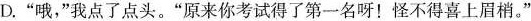
D.”哦，”我点了点头。”原来你考试得了第一名呀！怪不得喜上眉梢。”